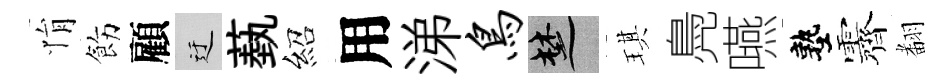
悁飭顧迂蓺紹用涕鸟楚琪鳧嚥塾露𮋒